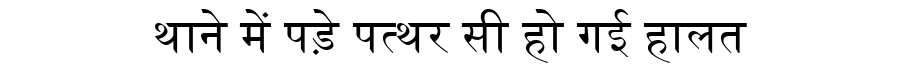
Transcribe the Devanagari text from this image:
थाने में पड़े पत्थर सी हो गई हालत